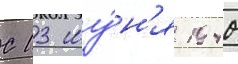
С 13 иу́н'я 1940